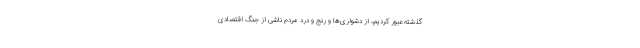
گذشته عبور کردیم، از دشواری‌ها و رنج و درد مردم ناشی از جنگ اقتصادی